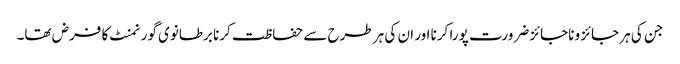
جن کی ہر جائز و ناجائز ضرورت پورا کرنا اور ان کی ہر طرح سے حفاظت کرنا برطانوی گورنمنٹ کا فرض تھا۔